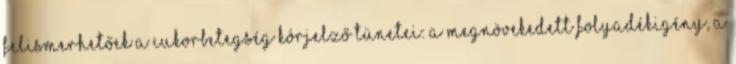
felismerhetőek a cukorbetegség kórjelző tünetei: a megnövekedett folyadékigény, a